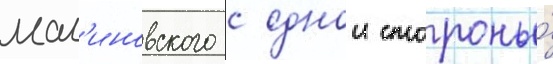
мал'иновского с однои стороны́